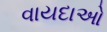
વાયદાઓ